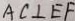
A C \bot E F